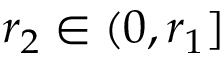
r _ { 2 } \in ( 0 , r _ { 1 } ]